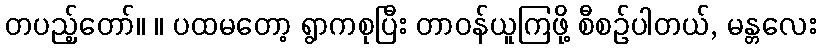
တပည့်တော်။ ။ ပထမတော့ ရွာကစုပြီး တာဝန်ယူကြဖို့ စီစဉ်ပါတယ်, မန္တလေး